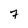
Character: 7